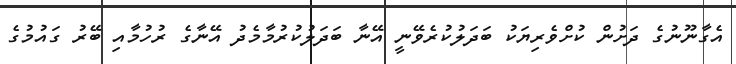
އެގާނޫނުގެ ދަށުން ކުށްވެރިޔަކު ބަދަލުކުރެވޭނީ އޭނާ ބަދަލުކުރުމާމެދު އޭނާގެ ރުހުމާއި ބޭރު ގައުމުގެ